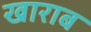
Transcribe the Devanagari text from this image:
खाराब